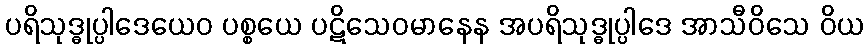
ပရိသုဒ္ဓုပ္ပါဒေယေဝ ပစ္စယေ ပဋိသေဝမာနေန အပရိသုဒ္ဓုပ္ပါဒေ အာသီဝိသေ ဝိယ